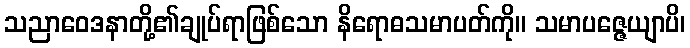
သညာဝေဒနာတို့၏ချုပ်ရာဖြစ်သော နိရောဓသမာပတ်ကို။ သမာပဇ္ဇေယျာပိ၊